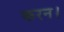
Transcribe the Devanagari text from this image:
करन।